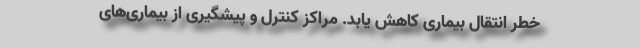
خطر انتقال بیماری کاهش یابد. مراکز کنترل و پیشگیری از بیماری‌های